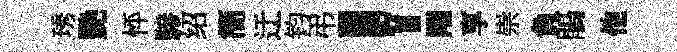
琇艷怦驂绍簡迂钧弔！享崇負鵑他